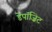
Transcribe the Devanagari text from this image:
डेपॉज़िट